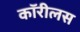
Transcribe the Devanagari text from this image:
कॉरीलस